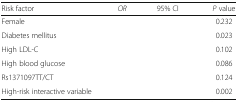
<table><thead><tr><td><b>Risk factor</b></td><td><b><i>OR</i></b></td><td><b>95% CI</b></td><td><b><i>P</i> value</b></td></tr></thead><tbody><tr><td>Female</td><td>[EMPTY_CELL]</td><td>[EMPTY_CELL]</td><td>0.232</td></tr><tr><td>Diabetes mellitus</td><td>[EMPTY_CELL]</td><td>[EMPTY_CELL]</td><td>0.023</td></tr><tr><td>High LDL-C</td><td>[EMPTY_CELL]</td><td>[EMPTY_CELL]</td><td>0.102</td></tr><tr><td>High blood glucose</td><td>[EMPTY_CELL]</td><td>[EMPTY_CELL]</td><td>0.086</td></tr><tr><td>Rs1371097TT/CT</td><td>[EMPTY_CELL]</td><td>[EMPTY_CELL]</td><td>0.124</td></tr><tr><td>High-risk interactive variable</td><td>[EMPTY_CELL]</td><td>[EMPTY_CELL]</td><td>0.002</td></tr></tbody></table>